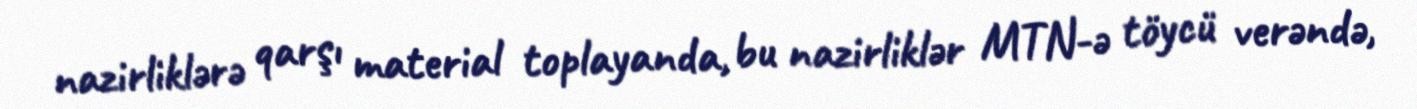
nazirliklərə qarşı material toplayanda, bu nazirliklər MTN-ə töycü verəndə,